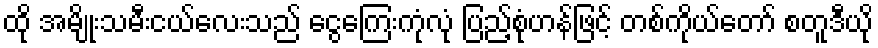
ထို အမျိုးသမီးငယ်လေးသည် ငွေကြေးကုံလုံ ပြည့်စုံဟန်ဖြင့် တစ်ကိုယ်တော် စတူဒီယို